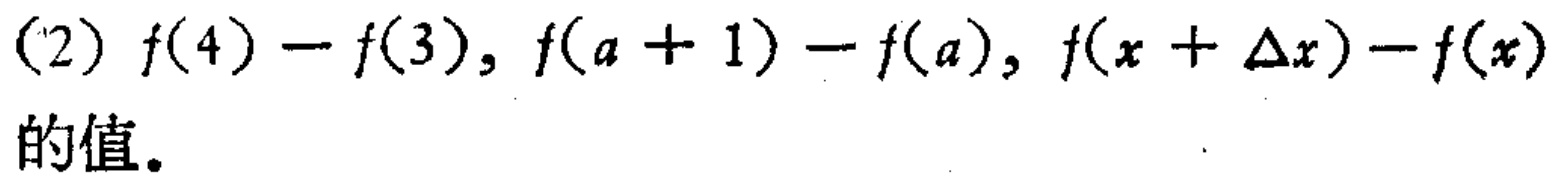
(2) \(f(4)-f(3),f(a + 1)-f(a),f(x+\Delta x)-f(x)\)的值。